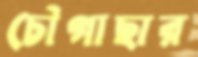
চৌগাছার